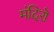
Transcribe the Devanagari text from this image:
मंदिरॊ